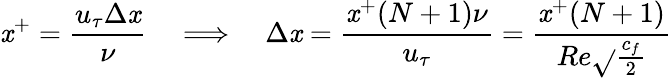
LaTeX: \mathit{x}^{+}=\frac{{u_{\tau}\Delta\mathit{x}}}{{\nu}}\quad\Longrightarrow\quad\Delta\mathit{x}=\frac{{\mathit{x}^{+}(N+1)\nu}}{{u_{\tau}}}=\frac{{\mathit{x}^{+}(N+1)}}{{Re\sqrt{}{{\frac{{c_{f}}}{{2}}}}}}